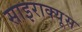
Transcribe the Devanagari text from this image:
साइराक्यूस